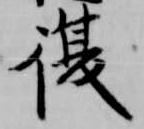
復